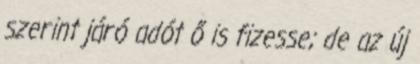
szerint járó adót ő is fizesse; de az új